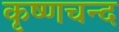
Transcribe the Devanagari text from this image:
कृष्णचन्द